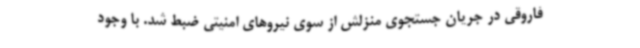
فاروقی در جریان جستجوی منزلش از سوی نیروهای امنیتی ضبط شد. با وجود